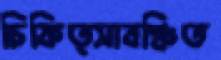
চিকিত্সাবঞ্চিত